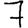
Digit: 7